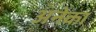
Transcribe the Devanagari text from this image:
अनेका